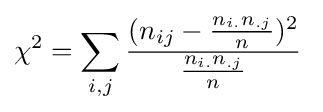
\chi ^{2}=\sum _{i,j}{\frac {(n_{ij}-{\frac {n_{i.}n_{.j}}{n}})^{2}}{\frac {n_{i.}n_{.j}}{n}}}\;